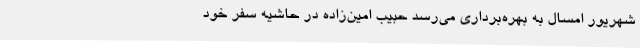
شهریور امسال به بهره‌برداری می‌رسد حبیب امین‌زاده در حاشیه سفر خود